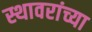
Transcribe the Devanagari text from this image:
स्थावरांच्या